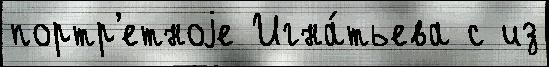
портр'етноjе Игна́тьева с из